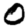
Digit: 0